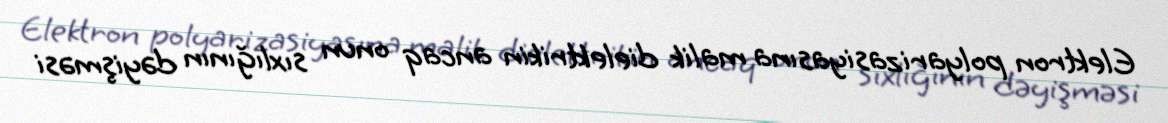
Elektron polyarizasiyasına malik dielektrikin ancaq onun sıxlığının dəyişməsi